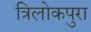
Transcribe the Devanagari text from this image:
त्रिलोकपुरा